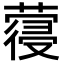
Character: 𮑈